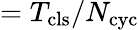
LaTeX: =T_{\mathrm{cls}}/N_{\mathrm{cyc}}